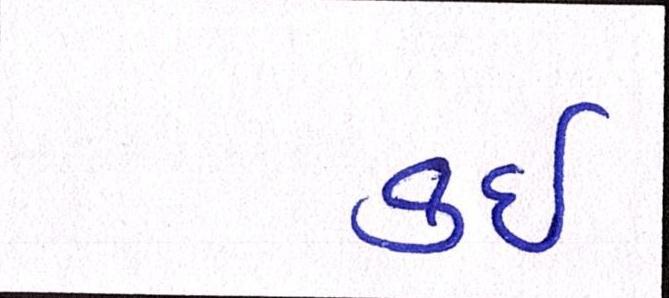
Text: કઇ